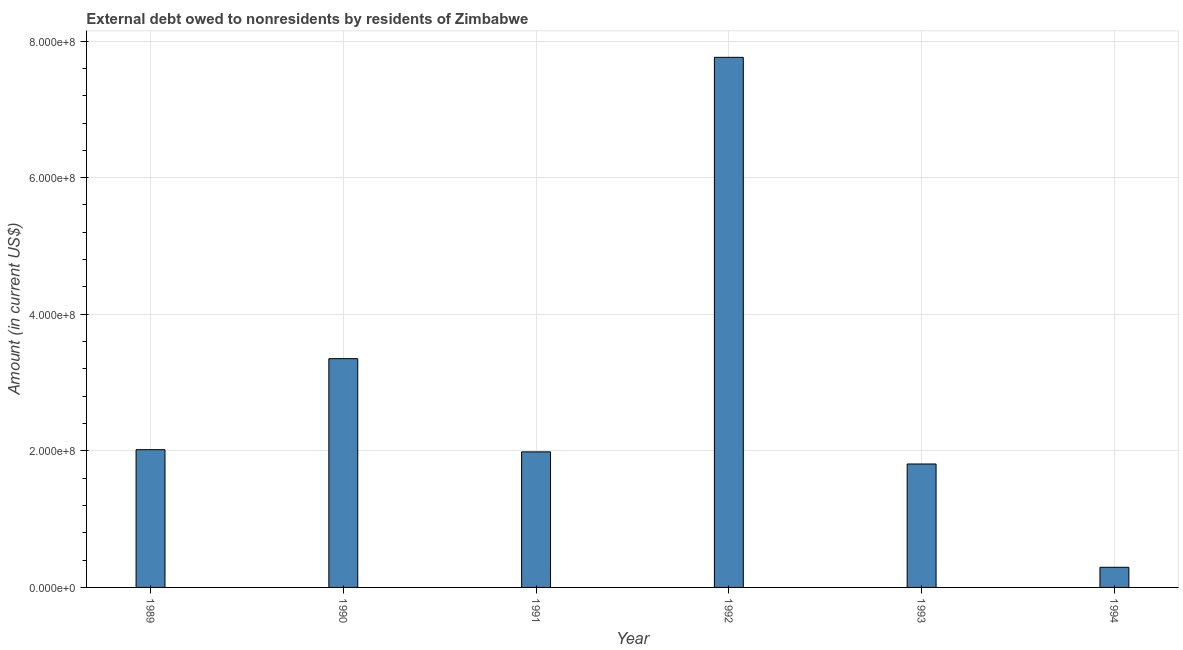
| Year | Debt |
 | --- | --- |
 | 1989 | 2.02e+08 |
 | 1990 | 3.35e+08 |
 | 1991 | 1.99e+08 |
 | 1992 | 7.76e+08 |
 | 1993 | 1.81e+08 |
 | 1994 | 2.95e+07 |